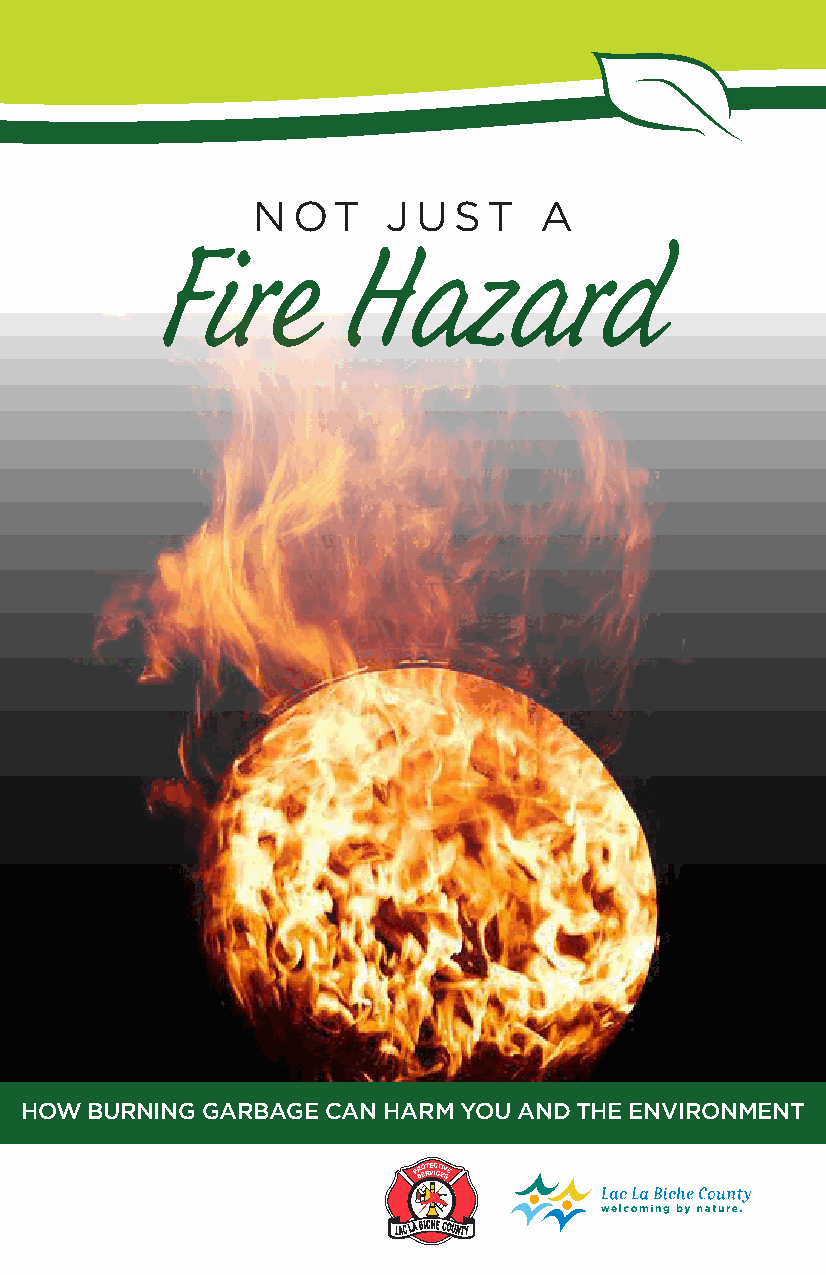
N OT     J U ST    A
 Fire        Hazard
 HOW  BURNING GARBAGE CAN HARM YOU AND THE ENVIRONMENT